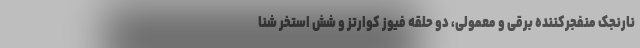
نارنجک منفجر‌کننده برقی و معمولی، دو حلقه فیوز کوارتز و شش استخر شنا